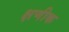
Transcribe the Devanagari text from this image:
क्षणीक